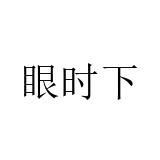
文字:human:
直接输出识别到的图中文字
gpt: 眼时下